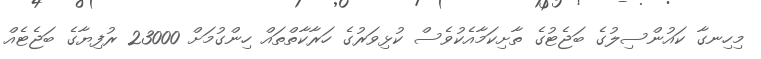
މިހިނގާ ކައުންސިލުގެ ބަޖެޓުގެ ތާށިކަމާއެކުވެސް ކުޅިވަރުގެ ހަރާކާތްތައް ހިންގުމަށް 23000 ރުފިޔާގެ ބަޖެޓެއް